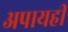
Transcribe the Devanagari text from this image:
अपायही